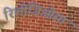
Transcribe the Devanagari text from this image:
रिलीजिओसा